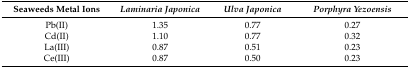
<table><thead><tr><td><b>Seaweeds Metal Ions</b></td><td><b><i>Laminaria Japonica</i></b></td><td><b><i>Ulva Japonica</i></b></td><td><b><i>Porphyra Yezoensis</i></b></td></tr></thead><tbody><tr><td>Pb(II)</td><td>1.35</td><td>0.77</td><td>0.27</td></tr><tr><td>Cd(II)</td><td>1.10</td><td>0.77</td><td>0.32</td></tr><tr><td>La(III)</td><td>0.87</td><td>0.51</td><td>0.23</td></tr><tr><td>Ce(III)</td><td>0.87</td><td>0.50</td><td>0.23</td></tr></tbody></table>